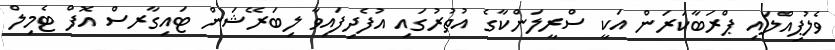
ވެލުޕިއްލައި ޕްރަބާކަރަން އަކީ ސްރީލަންކާގެ އުތުރުގައި އުފެދިފައިވާ ލިބަރޭޝަން ޓައިގާރސް އޮފް ޓެމިލް